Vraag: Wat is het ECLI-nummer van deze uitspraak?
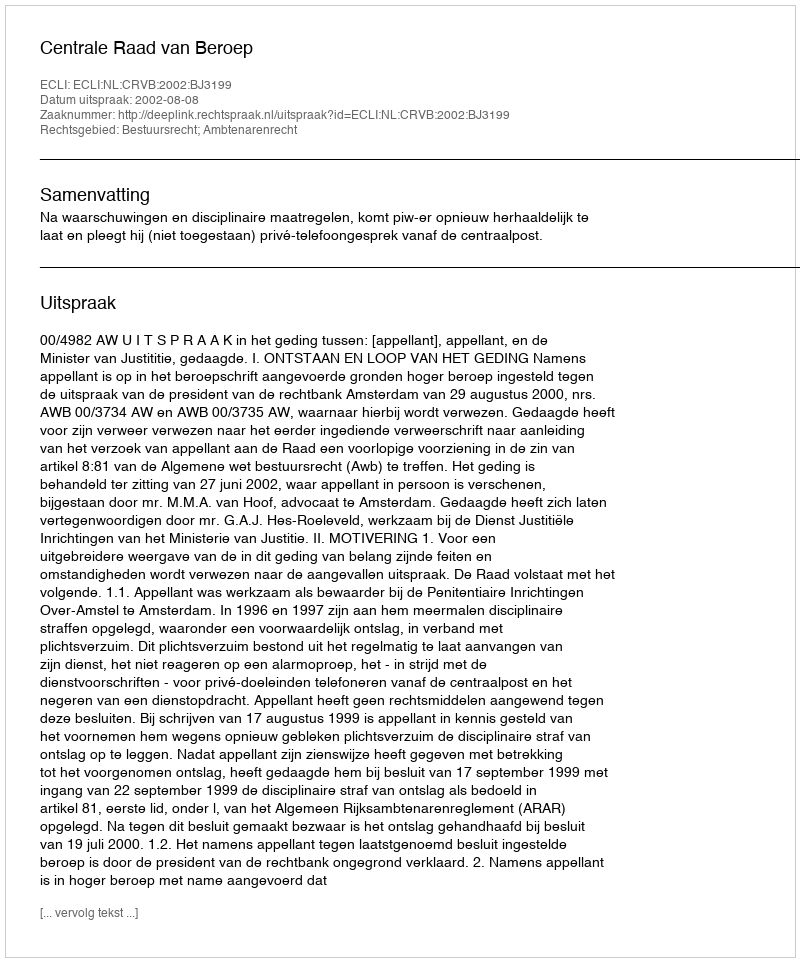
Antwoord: ECLI:NL:CRVB:2002:BJ3199